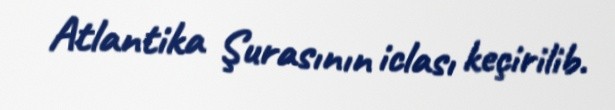
Atlantika Şurasının iclası keçirilib.